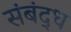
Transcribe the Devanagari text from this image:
संबंद्‌ध